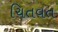
ચિતવત